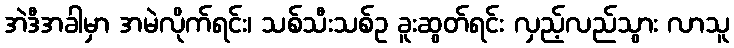
အဲဒီအခါမှာ အမဲလိုက်ရင်း၊ သစ်သီးသစ်ဥ ခူးဆွတ်ရင်း လှည့်လည်သွား လာသူ